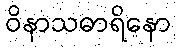
ဝိနာသဓာရိနော